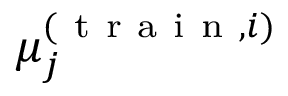
\mu _ { j } ^ { ( \mathrm { ~ t ~ r ~ a ~ i ~ n ~ } , i ) }